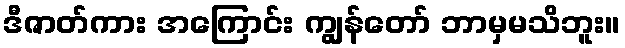
ဒီဇာတ်ကား အကြောင်း ကျွန်တော် ဘာမှမသိဘူး။